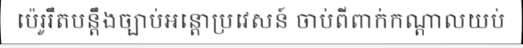
ប៉េរូរឹតបន្តឹងច្បាប់អន្តោប្រវេសន៍ ចាប់ពីពាក់កណ្តាលយប់